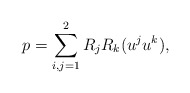
\begin{align*}p = \sum_{i, j = 1}^2 R_j R_k (u^j u^k),\end{align*}